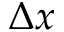
\Delta x